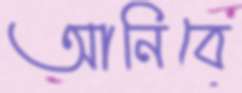
আনিবে